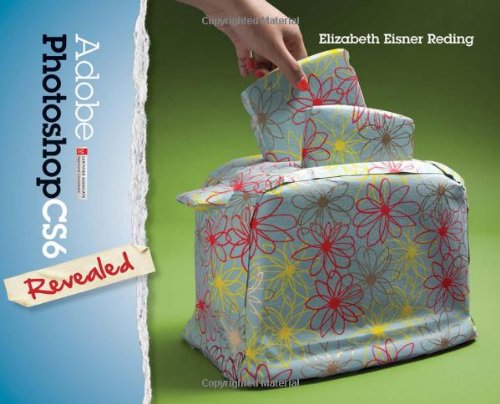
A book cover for Adobe Photoshop CS6 Revealed (Adobe CS6); Elizabeth Eisner Reding; Computers & Technology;